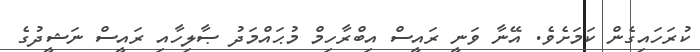
ކުރަހައިގެން ކަމަށެވެ. އޭނާ ވަނީ ރައީސް އިބްރާހިމް މުޙައްމަދު ޞާލިހާއި ރައީސް ނަޝީދުގެ